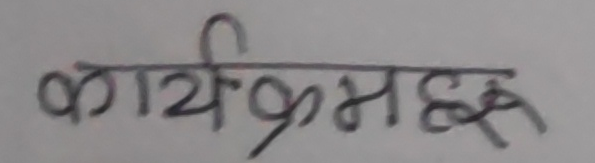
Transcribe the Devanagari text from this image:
कार्यक्रमहरू